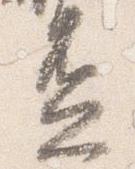
盃